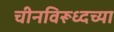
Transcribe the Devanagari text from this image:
चीनविरूध्दच्या